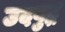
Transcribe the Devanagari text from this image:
उदबुद्ध